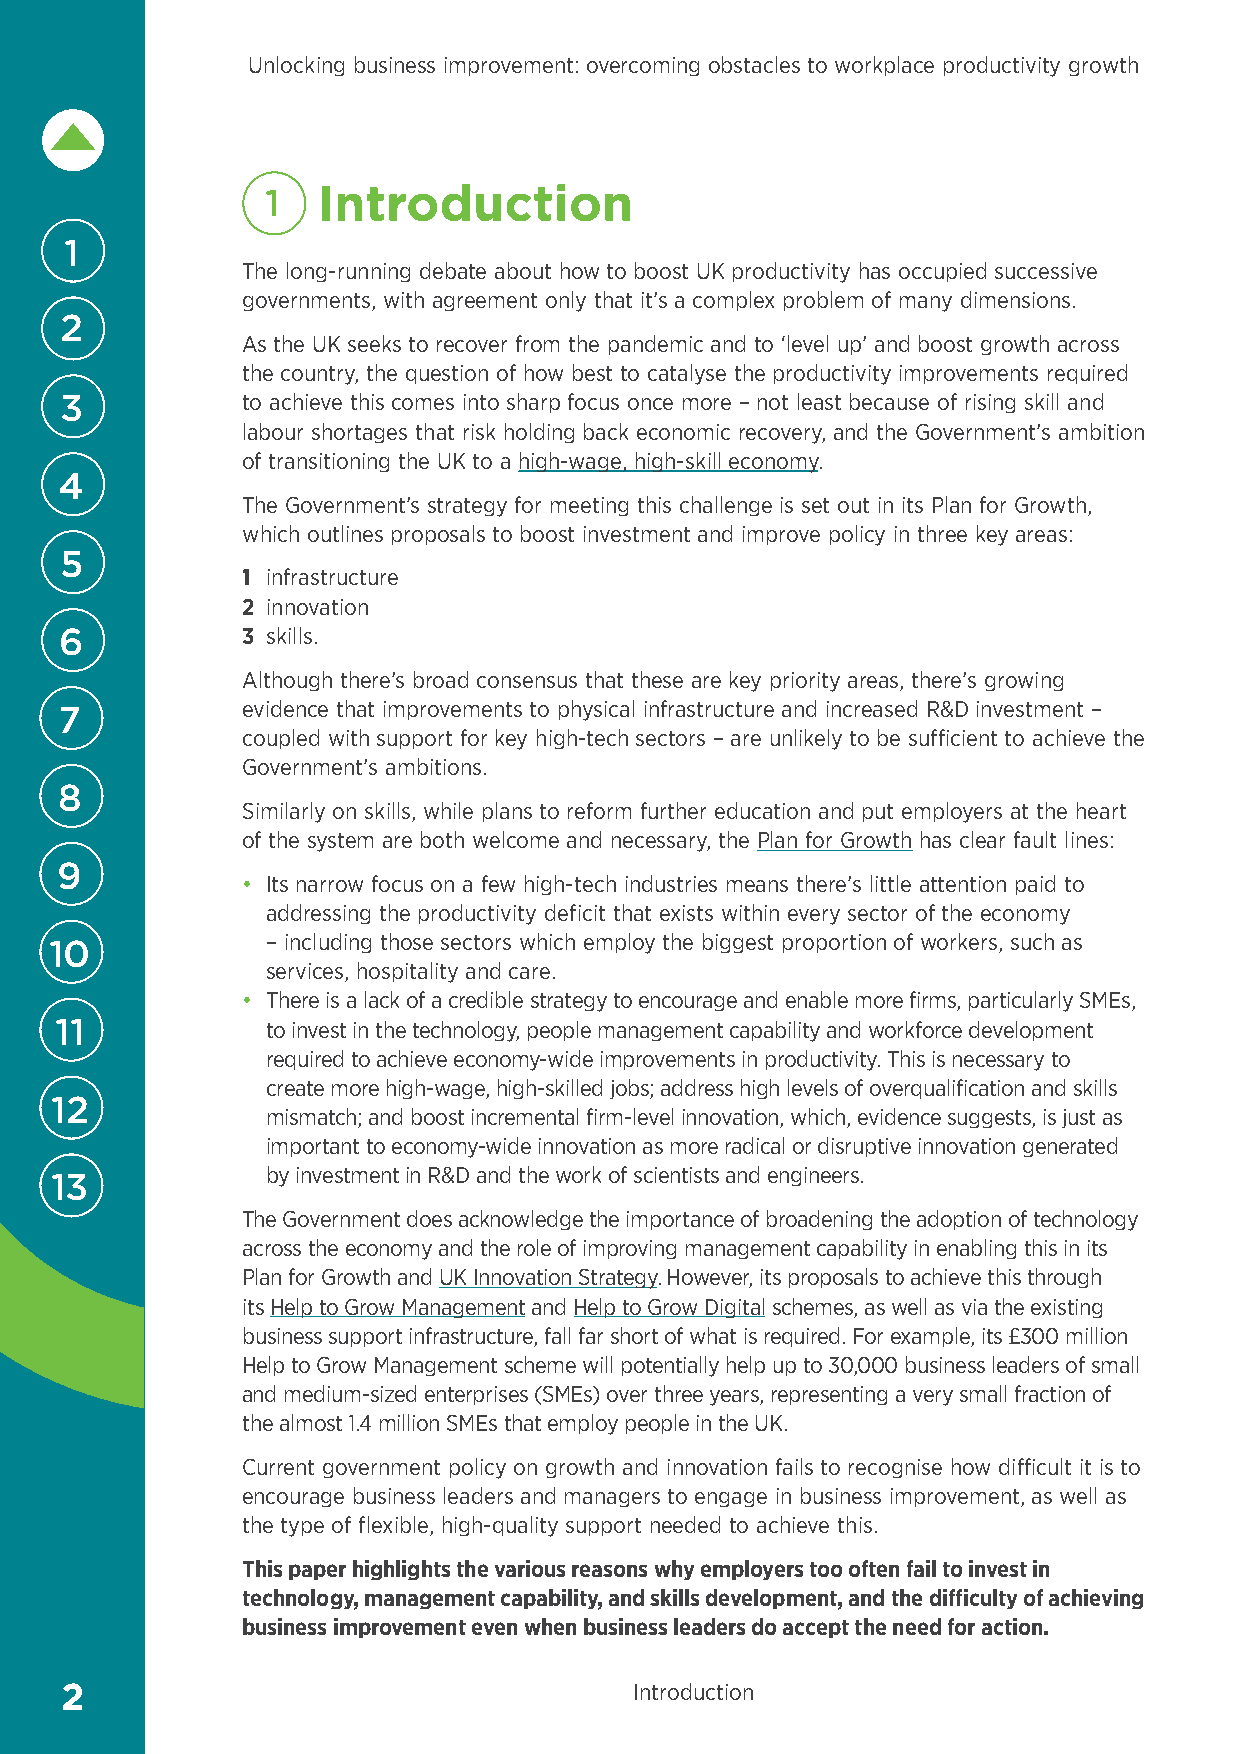
Unlocking business improvement: overcoming obstacles to workplace productivity growth
 1  Introduction
 1
 The long-running debate about how to boost UK productivity has occupied successive
 governments, with agreement only that it’s a complex problem of many dimensions.
 2
 As the UK seeks to recover from the pandemic and to ‘level up’ and boost growth across
 the country, the question of how best to catalyse the productivity improvements required
 3           to achieve this comes into sharp focus once more – not least because of rising skill and
 labour shortages that risk holding back economic recovery, and the Government’s ambition
 of transitioning the UK to a high-wage, high-skill economy.
 4
 The Government’s strategy for meeting this challenge is set out in its Plan for Growth,
 which outlines proposals to boost investment and improve policy in three key areas:
 5
 1 infrastructure
 2 innovation
 6           3 skills.
 Although there’s broad consensus that these are key priority areas, there’s growing
 evidence that improvements to physical infrastructure and increased R&D investment –
 7
 coupled with support for key high-tech sectors – are unlikely to be sufficient to achieve the
 Government’s ambitions.
 8
 Similarly on skills, while plans to reform further education and put employers at the heart
 of the system are both welcome and necessary, the Plan for Growth has clear fault lines:
 9
 • Its narrow focus on a few high-tech industries means there’s little attention paid to
 addressing the productivity deficit that exists within every sector of the economy
 – including those sectors which employ the biggest proportion of workers, such as
 10
 services, hospitality and care.
 • There is a lack of a credible strategy to encourage and enable more firms, particularly SMEs,
 11            to invest in the technology, people management capability and workforce development
 required to achieve economy-wide improvements in productivity. This is necessary to
 create more high-wage, high-skilled jobs; address high levels of overqualification and skills
 12
 mismatch; and boost incremental firm-level innovation, which, evidence suggests, is just as
 important to economy-wide innovation as more radical or disruptive innovation generated
 by investment in R&D and the work of scientists and engineers.
 13
 The Government does acknowledge the importance of broadening the adoption of technology
 across the economy and the role of improving management capability in enabling this in its
 Plan for Growth and UK Innovation Strategy. However, its proposals to achieve this through
 its Help to Grow Management and Help to Grow Digital schemes, as well as via the existing
 business support infrastructure, fall far short of what is required. For example, its £300 million
 Help to Grow Management scheme will potentially help up to 30,000 business leaders of small
 and medium-sized enterprises (SMEs) over three years, representing a very small fraction of
 the almost 1.4 million SMEs that employ people in the UK.
 Current government policy on growth and innovation fails to recognise how difficult it is to
 encourage business leaders and managers to engage in business improvement, as well as
 the type of flexible, high-quality support needed to achieve this.
 This paper highlights the various reasons why employers too often fail to invest in
 technology, management capability, and skills development, and the difficulty of achieving
 business improvement even when business leaders do accept the need for action.
 2                                     Introduction